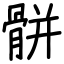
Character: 骿